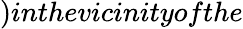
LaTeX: )inthevicinityofthe